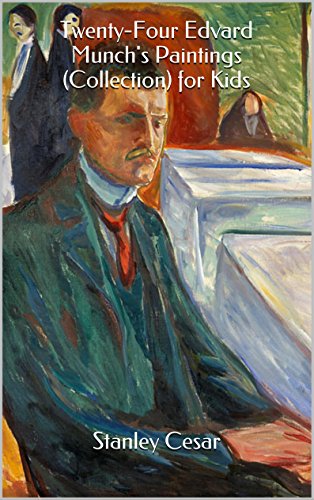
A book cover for Twenty-Four Edvard Munch's Paintings (Collection) for Kids; Stanley Cesar; Sports & Outdoors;